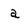
Character: a